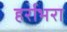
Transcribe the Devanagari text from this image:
हर्राभरा